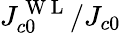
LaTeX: J_{c0}^{\mathrm{~W~L~}}/J_{c0}